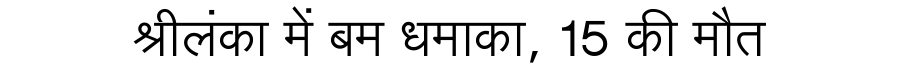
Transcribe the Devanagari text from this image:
श्रीलंका में बम धमाका, 15 की मौत